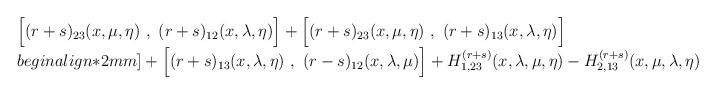
LaTeX: \begin{align*}\begin{array}{l} \Bigl[ (r + s)_{23}(x, \mu, \eta)~,~ (r + s)_{12}(x, \lambda, \eta)\Bigr] + \Bigl[ (r + s)_{23}(x, \mu, \eta)~,~ (r + s)_{13}(x, \lambda, \eta)\Bigr]\\begin{align*}2mm] + \Bigl[(r + s)_{13}(x,\lambda, \eta) ~,~ (r - s)_{12}(x, \lambda, \mu)\Bigr] + H^{(r+s)}_{1,23}(x, \lambda, \mu, \eta) - H^{(r+s)}_{2,13}(x, \mu, \lambda, \eta ) = 0 , \end{array}\end{align*}